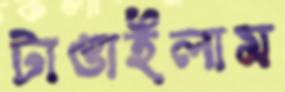
টাঙাইলাম